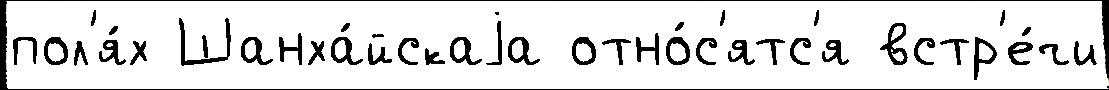
пол'я́х Шанха́йскаjа отно́с'ятс'я встр'е́чи